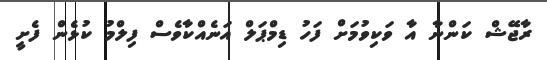
ރާޖޭޝް ކަންނާ އާ ވަކިވުމަށް ފަހު ޑިމްޕަލް އަނެއްކާވެސް ފިލްމު ކުޅެން ފެށީ